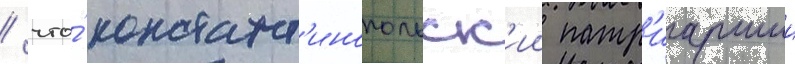
/ что́ констант'инопольск'ии патр'иаршии